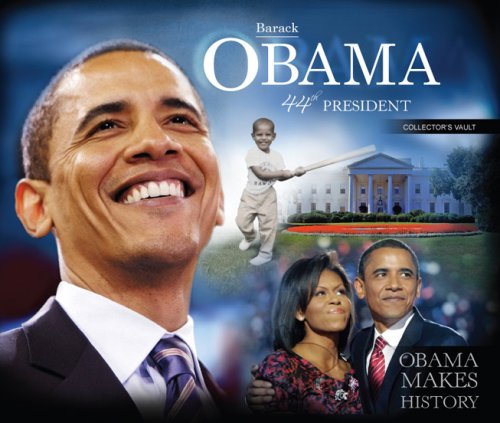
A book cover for Barack Obama Presidential Collector's Vault; Avery Krut; Crafts, Hobbies & Home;